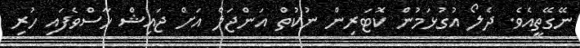
ނޭގޭތީއެވެ. ދެލޯ އުގުޅަމުން ކޮޓަރިން ނުކުތް އަންޖަލް އަށް ޖައިޝް ހާސްވެފައި ހުރި